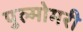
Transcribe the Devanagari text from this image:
पुल्मोमरी